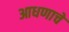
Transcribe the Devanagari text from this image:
आधणाचे